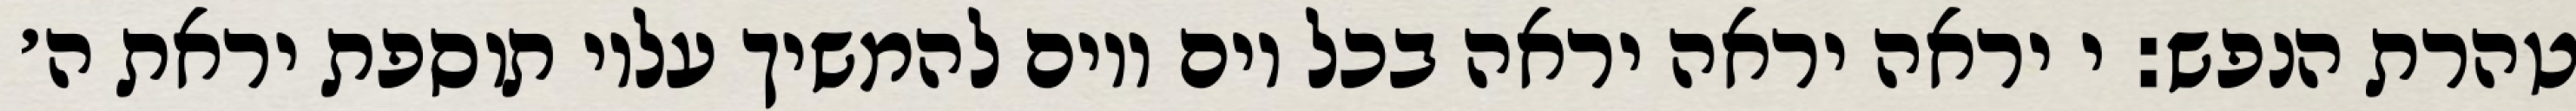
טהרת הנפש: י יראה יראה יראה בכל יום ויום להמשיך עליו תוספת יראת ה׳